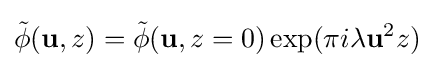
{\tilde {\phi }}(\mathbf {u} ,z)={\tilde {\phi }}(\mathbf {u} ,z=0)\exp(\pi i\lambda \mathbf {u} ^{2}z)